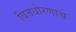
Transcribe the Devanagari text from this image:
वित्तधोरणाचे